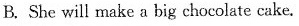
B. She will make a big chocolate cake.